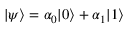
| \psi \rangle = \alpha _ { 0 } | 0 \rangle + \alpha _ { 1 } | 1 \rangle